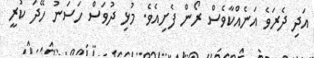
އަދި ދެރަވެ އަނެއްކާވެސް ރޯން ފެށިއެވެ. މުޅި ދުވަސް ހަސަނު ހޭދަ ކުރީ